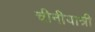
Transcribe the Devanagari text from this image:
चीनीयात्री